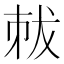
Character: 𠀽